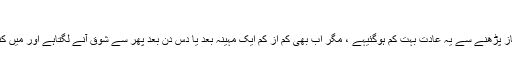
سوال # 63712
(۱) میرا مسئلہ یہ ہے کہ میں پہلے مشت زنی کرتاتھا، لیکن نماز پڑھنے سے یہ عادت بہت کم ہوگئیہے ، مگر اب بھی کم از کم ایک مہینہ بعد یا دس دن بعد پھر سے شوق آنے لگتاہے اور میں کنٹرول نہیں کرپاتاہوں اور لڑکیوں کے ننگے فوٹو کو دیکھتاہوں۔